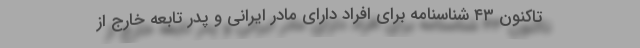
تاکنون ۴۳ شناسنامه برای افراد دارای مادر ایرانی و پدر تابعه خارج از